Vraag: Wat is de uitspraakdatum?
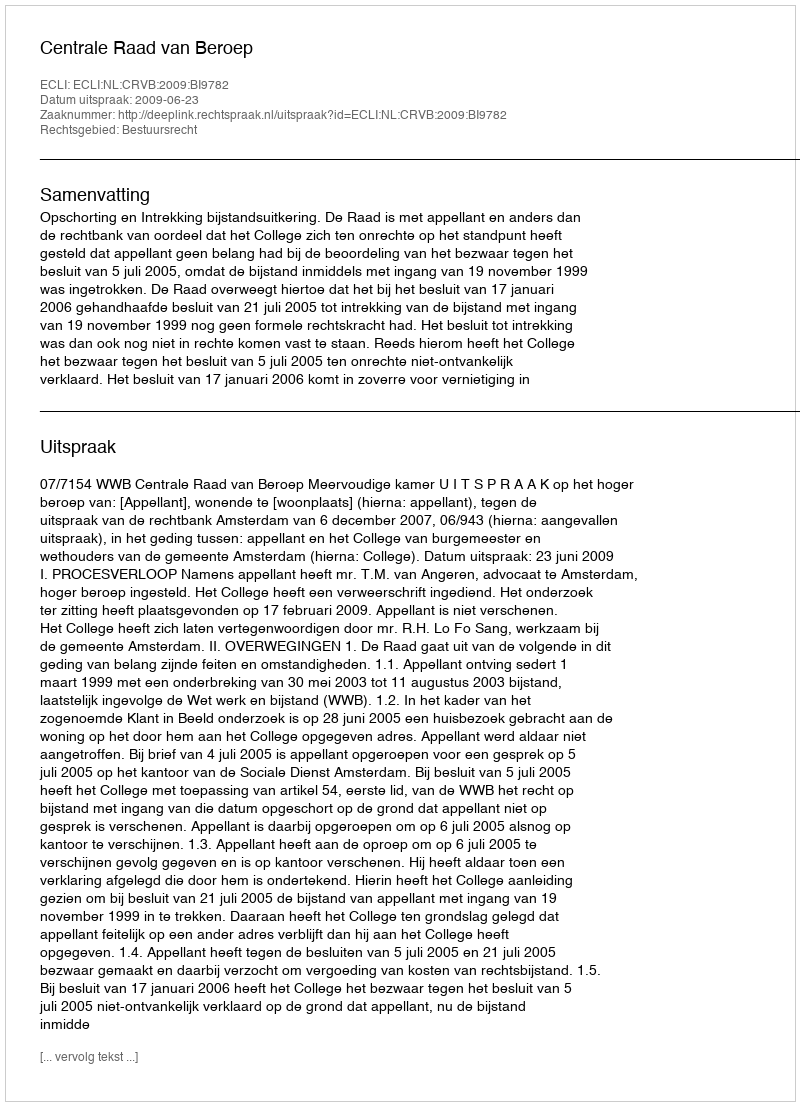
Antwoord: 2009-06-23